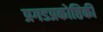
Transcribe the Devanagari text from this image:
प्रगडप्रकोष्ठिकी